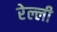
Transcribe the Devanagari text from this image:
रेल्ली